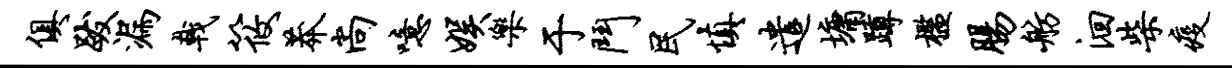
俱跋漏戟筱莽尚噫娱乐于斗民慎遣墉蹲槛肠舫洄柴疫